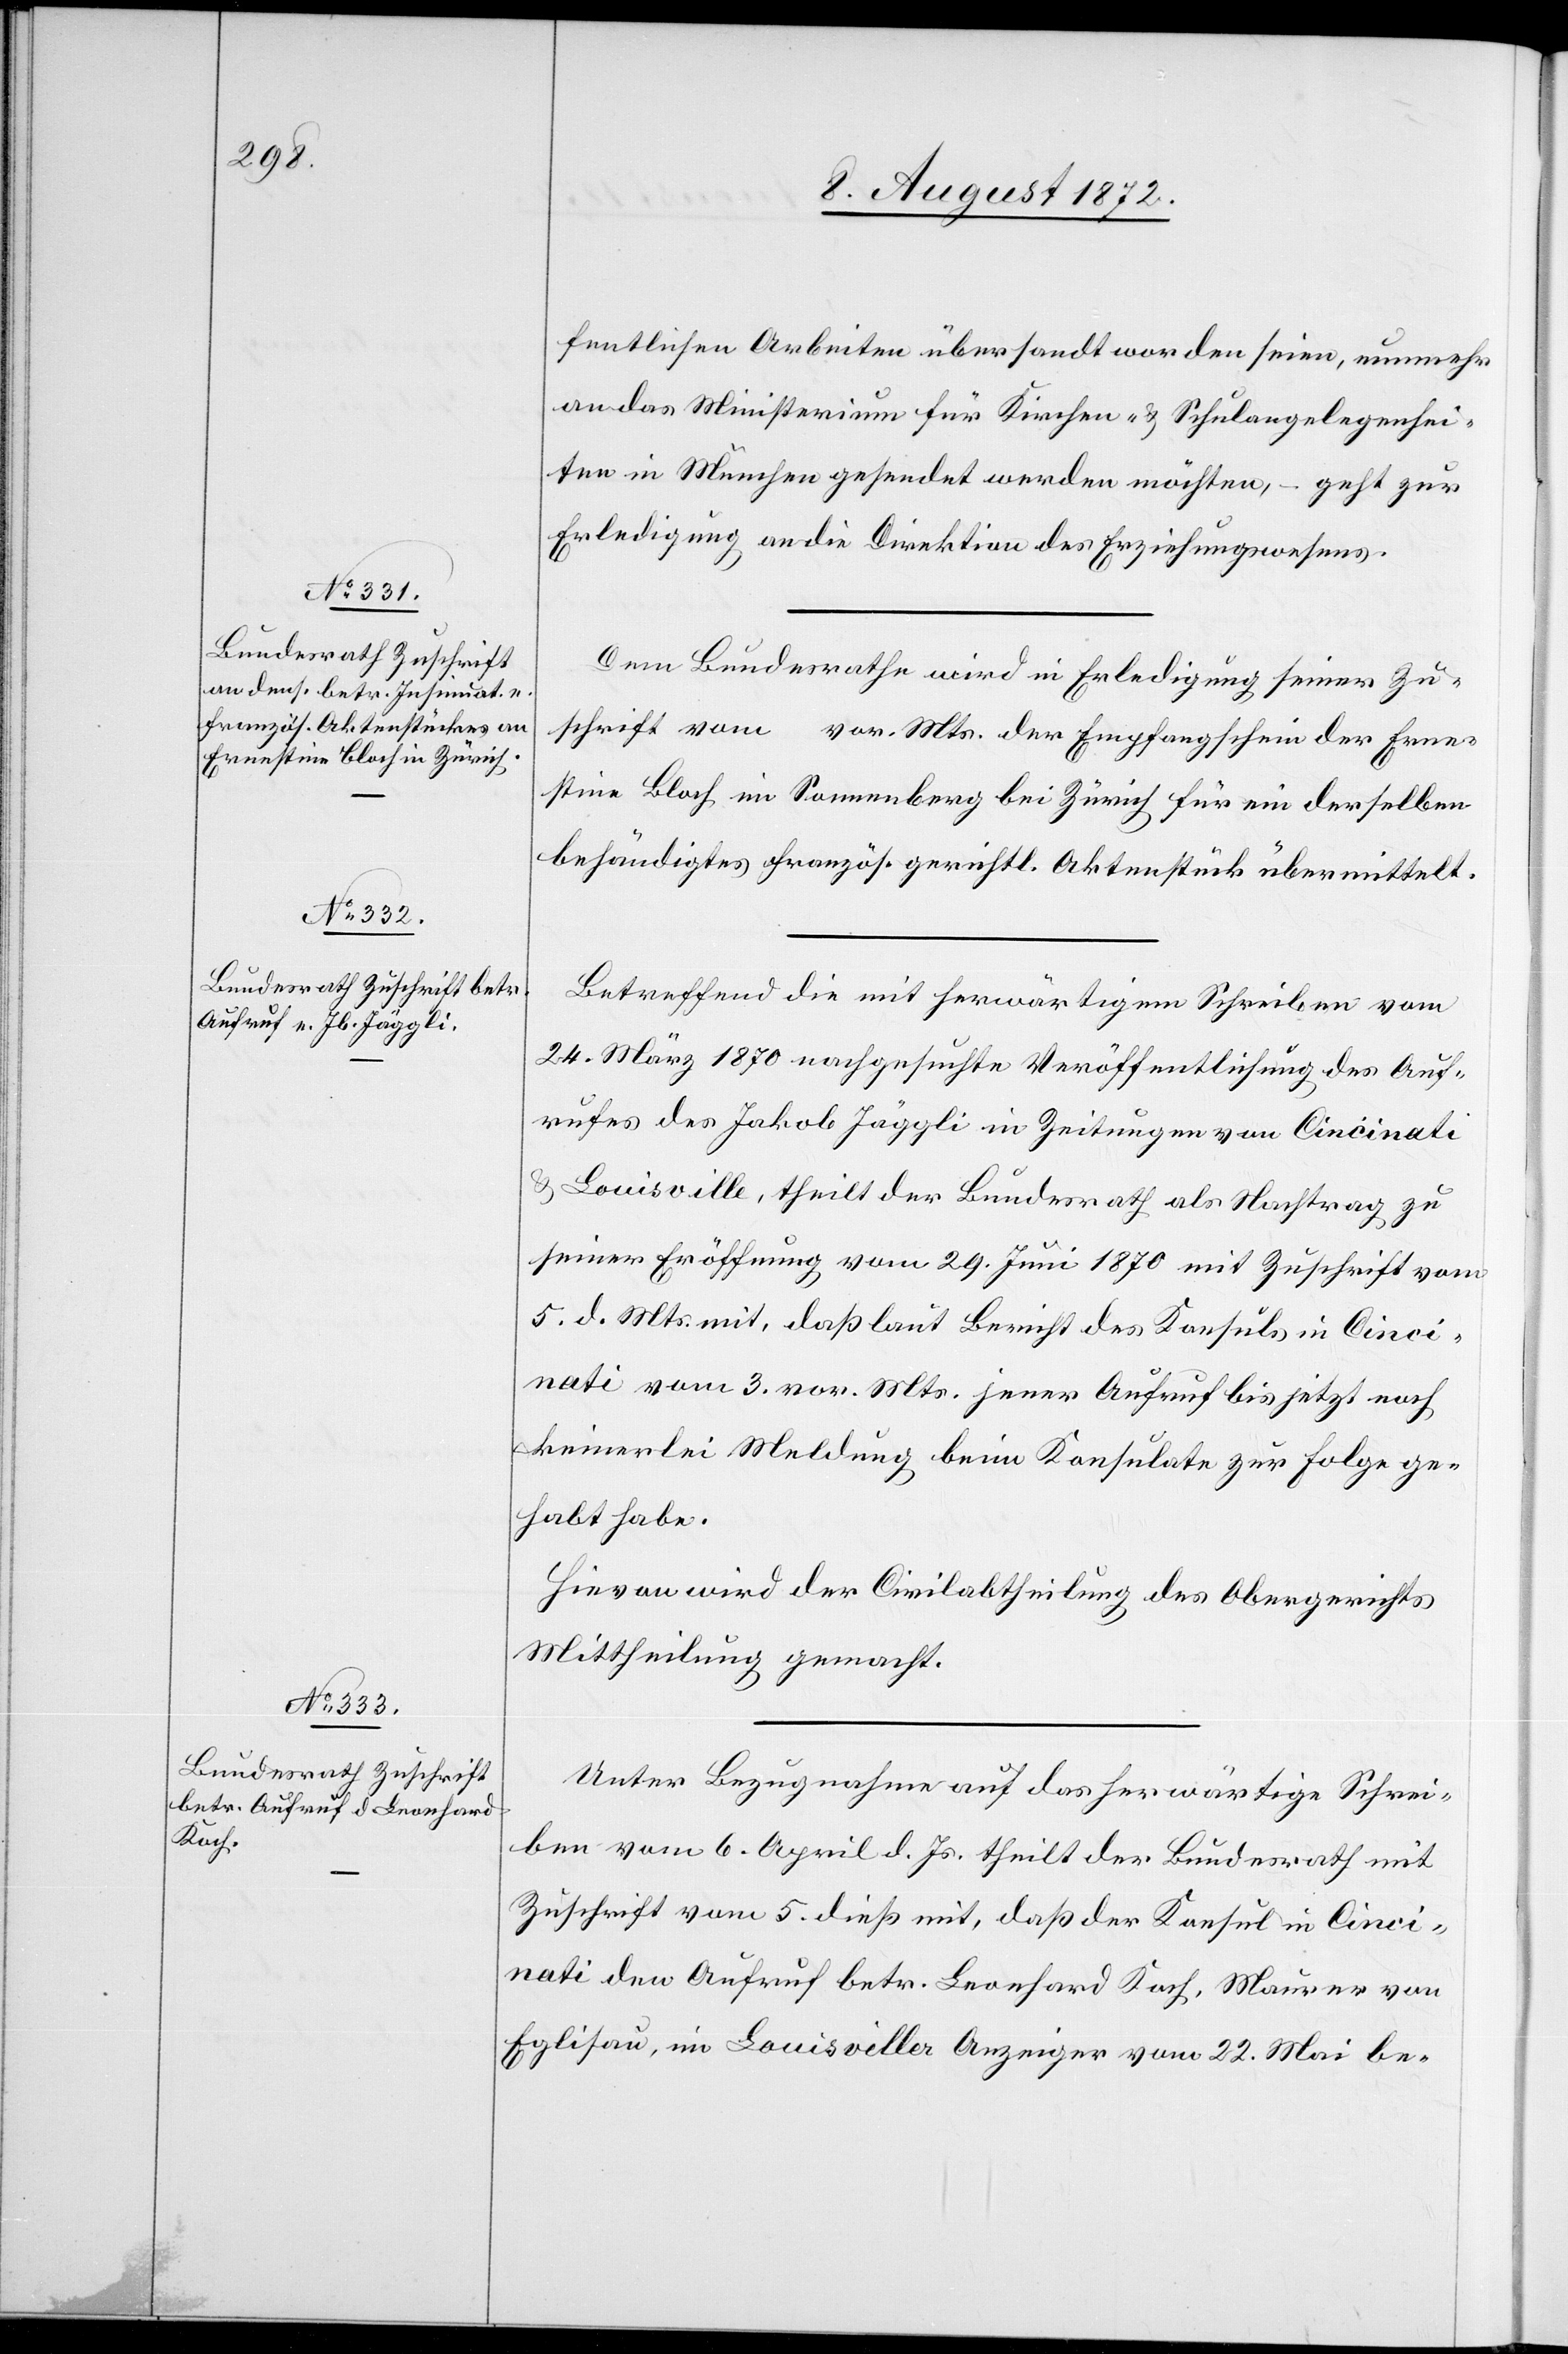
9. August 1872.]
fentlichen Arbeiten übersandt worden seien, nunmehr
an das Ministerium für Kirchen- u. Schulangelegenhei¬
ten in München gesendet werden möchten, – geht zur
Erledigung an die Direktion des Erziehungswesens.
Dem Bundesrathe wird in Erledigung seiner Zu¬
schrift vom … vor. Mts. der Empfangschein der Erne¬
stine Bloch im Sonnenberg bei Zürich für ein derselben
behändigtes französ. gerichtl. Aktenstück übermittelt.
Betreffend die mit herwärtigem Schreiben vom
24. März 1870 nachgesuchte Veröffentlichung des Auf¬
rufes des Jakob Jäggli in Zeitungen von Cincinati
u. Louisville, theilt der Bundesrath als Nachtrag zu
seiner Eröffnung vom 29. Juni 1870 mit Zuschrift vom
5. d. Mts. mit, daß laut Bericht des Konsuls in Cinci¬
nati vom 3. vor. Mts. jener Aufruf bis jetzt noch
keinerlei Meldung beim Konsulate zur Folge ge¬
habt habe.
Hievon wird der Civilabtheilung des Obergerichts
Mittheilung gemacht.
Unter Bezugnahme auf das herwärtige Schrei¬
ben vom 6. April d. Js. theilt der Bundesrath mit
Zuschrift vom 5. dieß mit, daß der Konsul in Cinci¬
nati den Aufruf betr. Leonhard Koch, Maurer von
Eglisau, im Louisviller Anzeiger vom 22. Mai be-